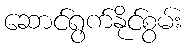
ဆောင်ရွက်နိုင်စွမ်း